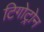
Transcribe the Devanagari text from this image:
टिगोट्रोन